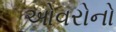
ઓવરોનો